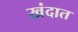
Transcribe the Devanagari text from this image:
खंदात